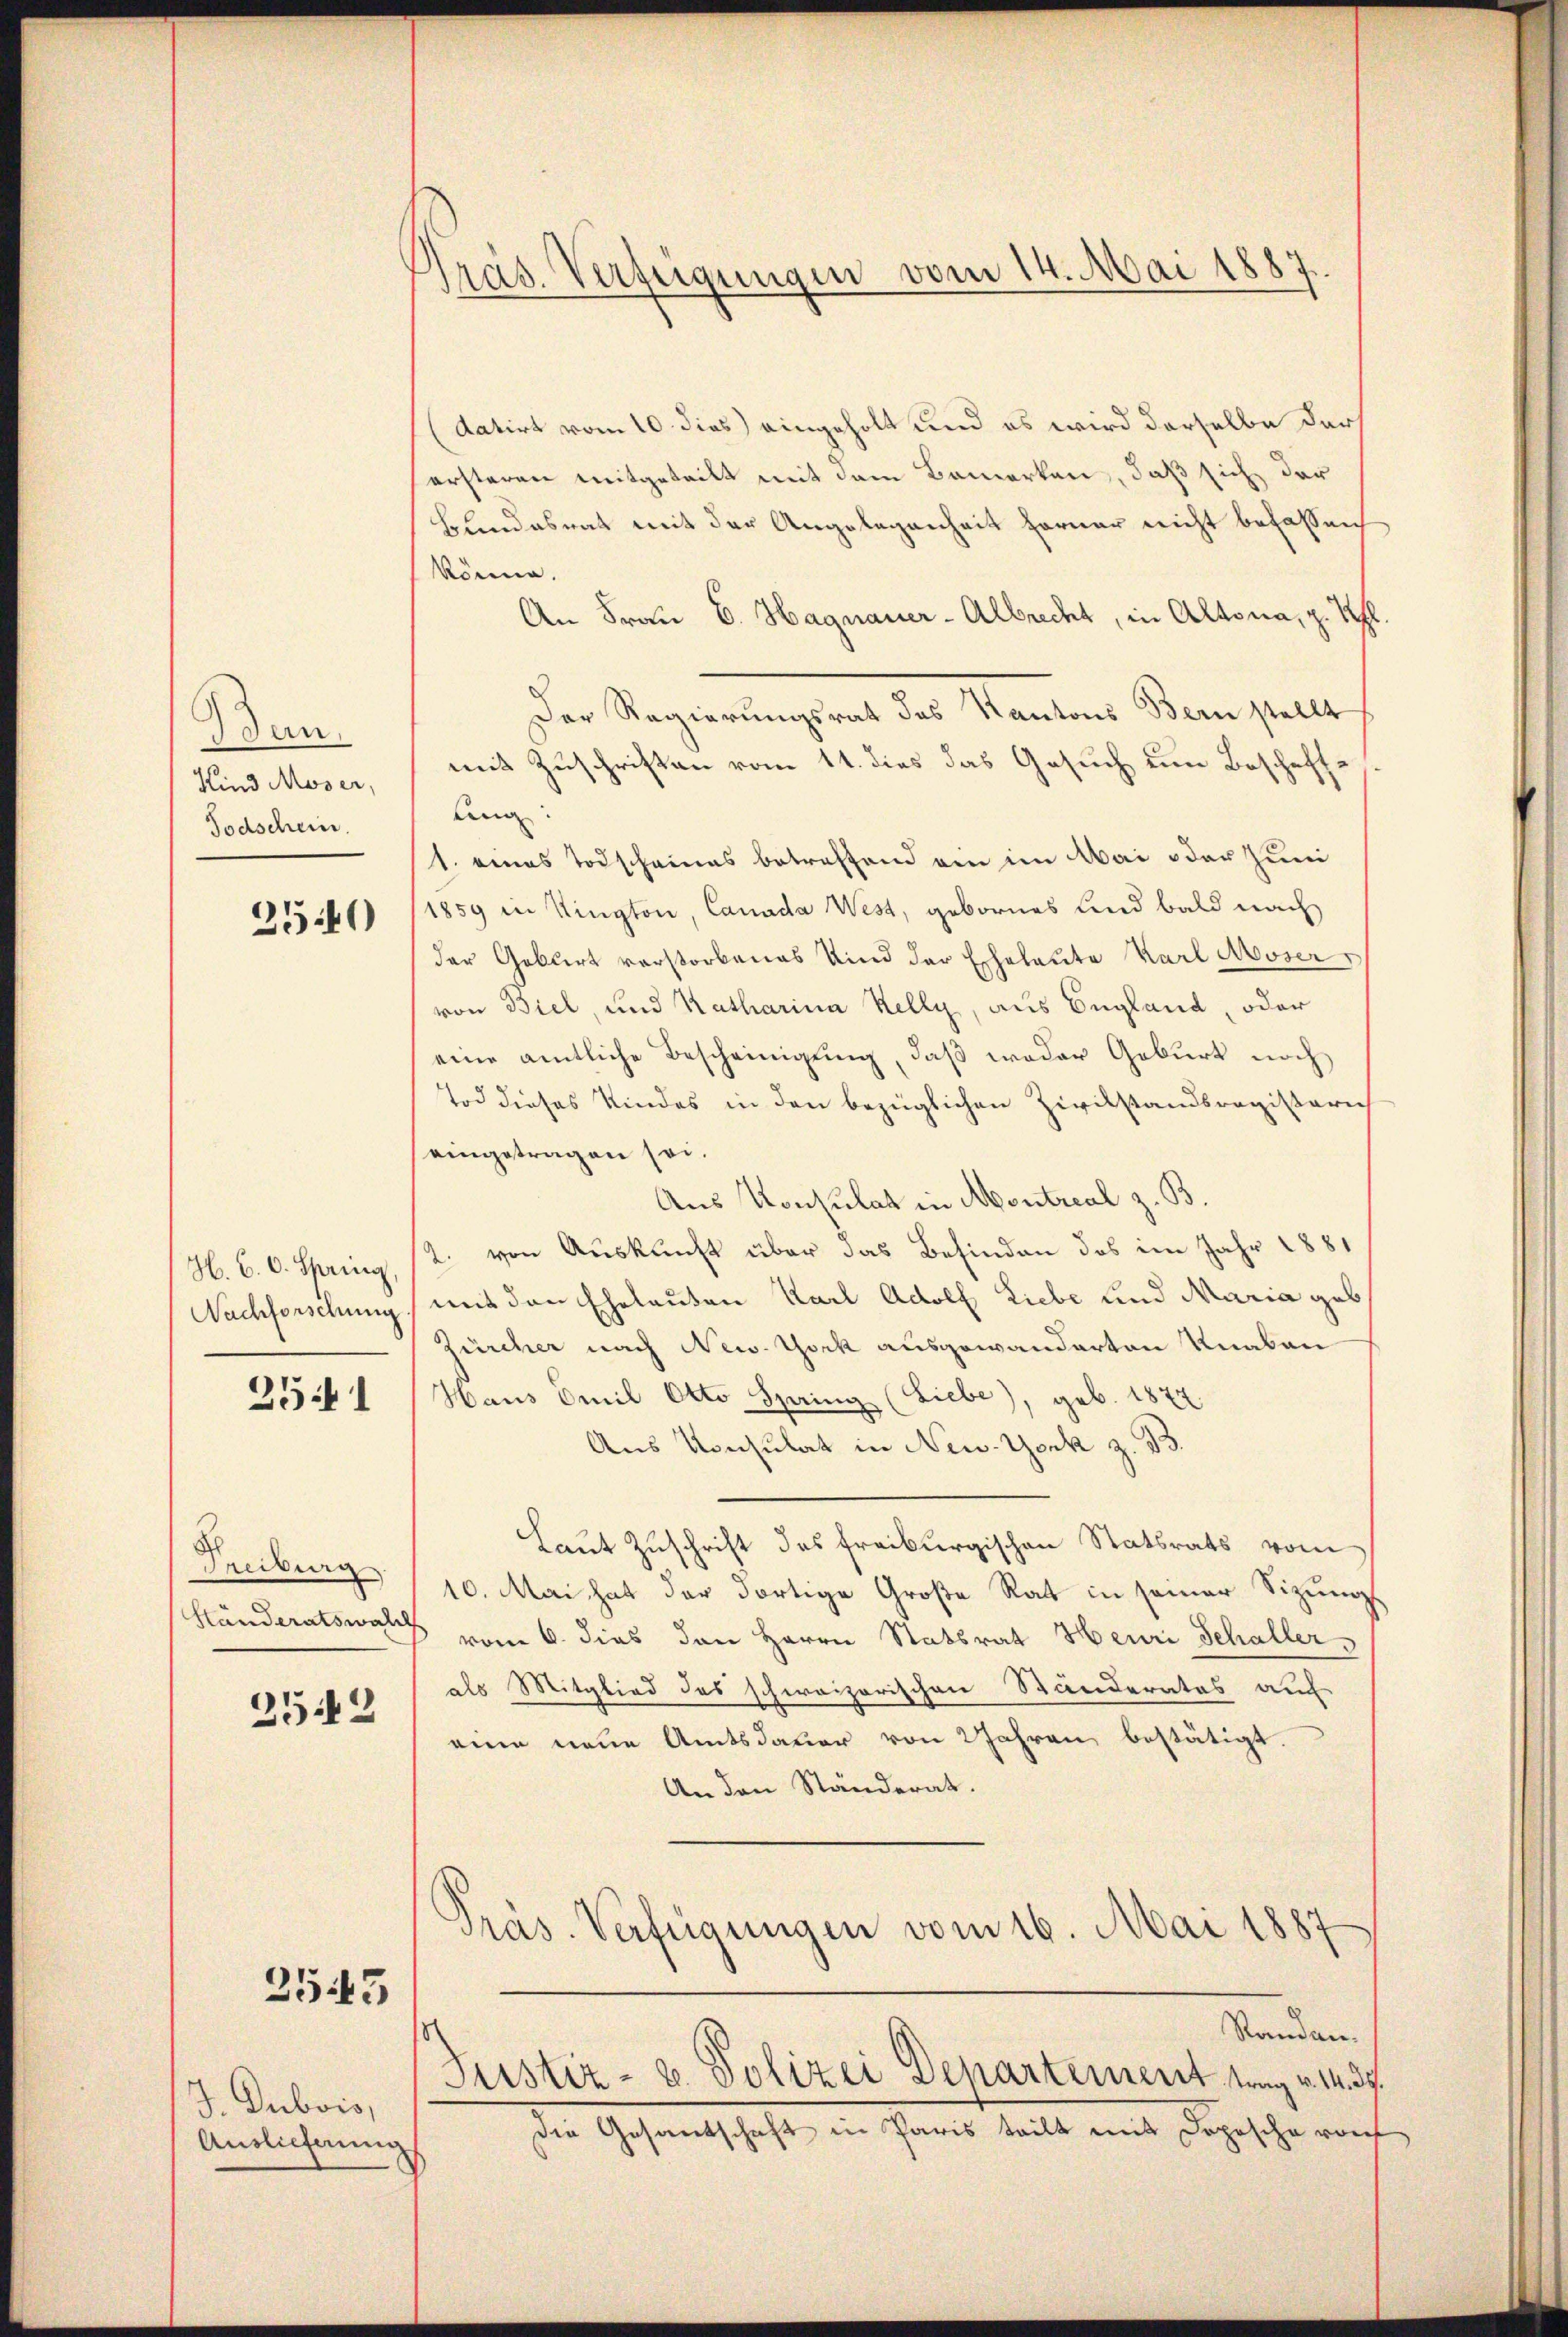
Bun.
Kind Moser,
Todschein.

2540

H. B. C. Spring
Nachforschung

2541

Treiburg
Händeratswald

252

2545

J. Dubois,
Auslieferung,

Präs. Verfügungen vom 14. Mai 1887

(datirt vom 10. dies eingeholt und es wird derselbe der
ersteren mitgeteilt mit dem Bemerken, daß sich der
Bundesrat mit der Angelegenheit ferner nicht befassen
könne.
f
An Frau E. Hagnauer-Albrecht, in Altona, p
i
Der Regierungsrat des Kantons Bern stellt
mit Zuschriften vom 11. dies das Gesuch um Beschaffung
1. eines Todscheines betreffend ein im Mai oder Juni
1859 in Kington, Canada West, gebornes und bald nach
der Gablirt vorstorbenes Kind der Eheleute Karl Moser
von Biel, und Katharina Kelly, aus England, oder
eine amtliche Bescheinigung, daß weder Geburt noch
Tod dieses Kindes in den bezüglichen Zivilstandsregisterich
eingetragen sei.
Aus Konsulat in Montreal z. B.
2. von Auskunft über das Befinden das im Jahr 1881
mit den Eheleuten Karl Adolf Liebe und Maria geb
Zürcher nach New-York ausgewanderten Knaben
Haus Emil Otto Spring (Liebe), geb. 1872.
Aus Konsulat in New-York z. B.
Laut Zuschrift des Freiburgischen Statsrats vom
10. Mai hat der dortige Große Rat in seiner Sizungs
vom 6. dies den Herrn Statsrat Heuri Schaller s
als Mitglied des schweizerischen Ständerates auf
eine neue Amtsdauer von 2 Jahren, bestätigt.
An den Ständerat.
Präs. Verfügungen vom 16. Mai 1887
Standen.
Justiz- u. Polizei Departement, weg v. 14. 37.
die Gesandschaft in Paris teilt mit Dopische reif